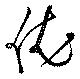
依